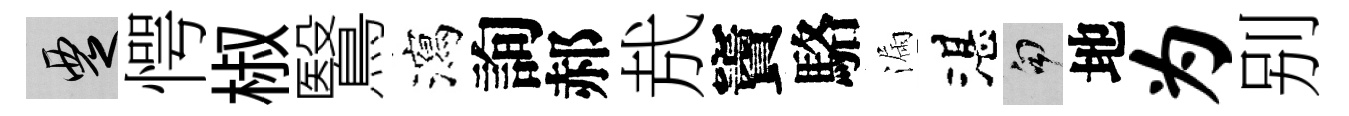
覂愕椒鷖瀉詢郝㢤竇駱漏湛句地为别